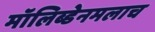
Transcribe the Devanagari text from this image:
मॉलिब्डेनमलाच